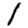
Digit: 1